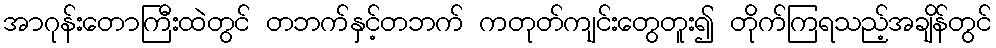
အာဂုန်းတောကြီးထဲတွင် တဘက်နှင့်တဘက် ကတုတ်ကျင်းတွေတူး၍ တိုက်ကြရသည့်အချိန်တွင်